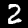
Digit: 2